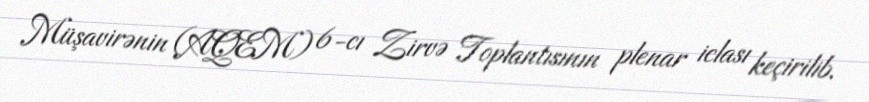
Müşavirənin (AQEM) 6-cı Zirvə Toplantısının plenar iclası keçirilib.